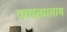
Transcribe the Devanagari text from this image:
गावत्याताय